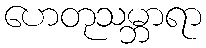
ဟေတုသမ္ဘာရာ